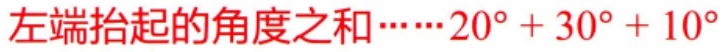
左端抬起的角度之和……\(20^{\circ}+30^{\circ}+10^{\circ}\)